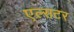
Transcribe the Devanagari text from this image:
एल्सटर